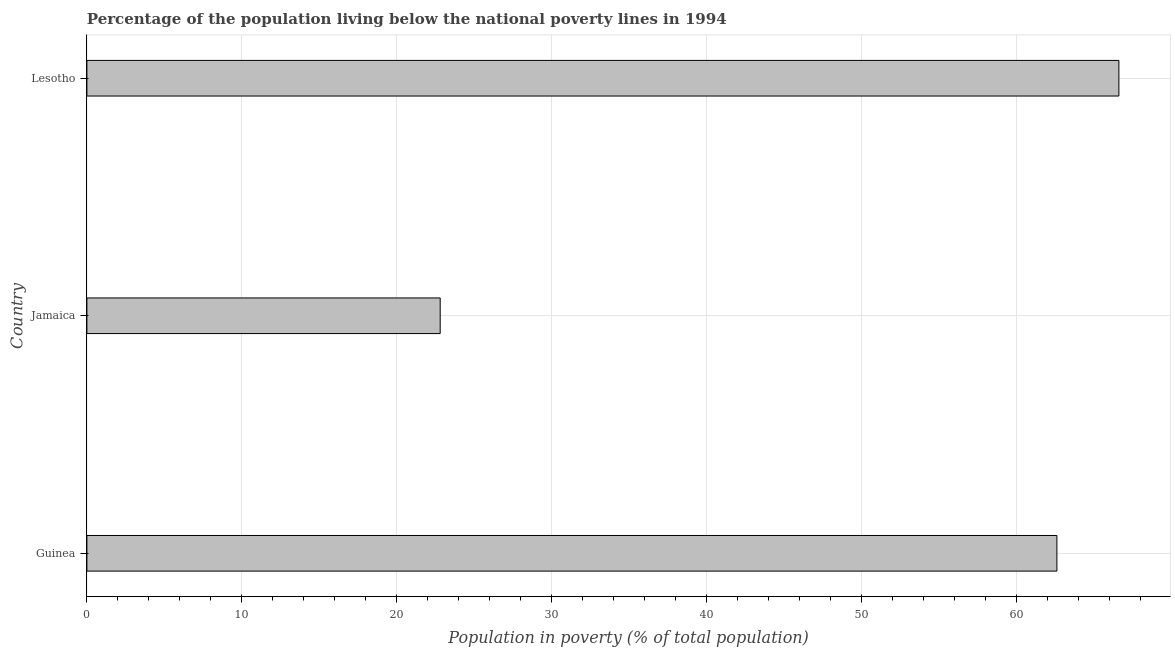
| Country | Poverty headcount ratio |
 | --- | --- |
 | Guinea | 62.6 |
 | Jamaica | 22.8 |
 | Lesotho | 66.6 |